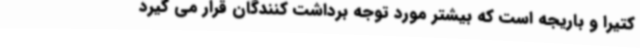
کتیرا و باریجه است که بیشتر مورد توجه برداشت کنندگان قرار می گیرد